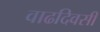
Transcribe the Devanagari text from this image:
वाढदिवसी